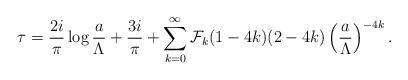
LaTeX: \begin{align*}\tau={2i\over \pi}\log {a\over \Lambda}+{3i\over\pi}+\sum_{k=0}^\infty {\cal F}_k(1-4k)(2-4k)\left({a\over \Lambda}\right)^{-4k}.\end{align*}